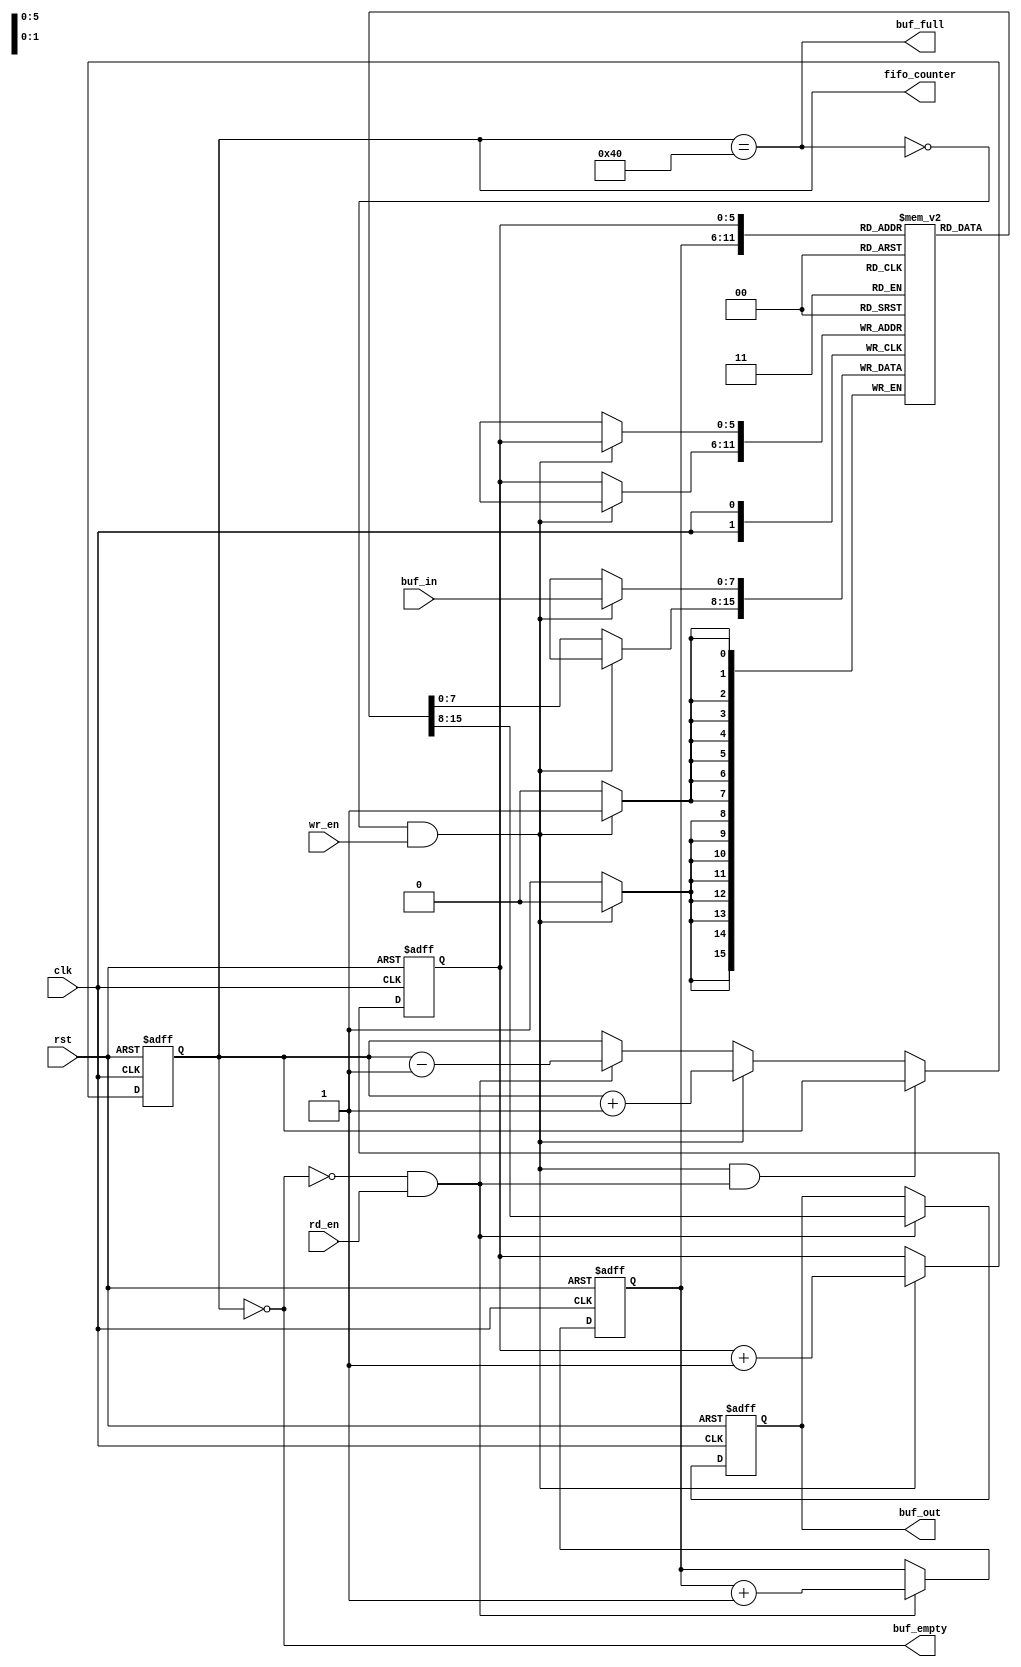

// BUF_WIDTH 6 = buffer size of 64 (same as Arduino in software)
`define BUF_WIDTH 6    // BUF_SIZE = 16 -> BUF_WIDTH = 4, no. of bits to be used in pointer
//`define BUF_WIDTH 2
`define BUF_SIZE ( 1<<`BUF_WIDTH )

module fifo( 
    clk, 
    rst, 
    buf_in, 
    buf_out, 
    wr_en, 
    rd_en, 
    buf_empty, 
    buf_full, 
    fifo_counter 
);

    // reset, clock, write enable and read enable
    input rst, clk, wr_en, rd_en;   
    
    // data input to be pushed to buffer (1 byte)
    input [7:0] buf_in;                   
    
    // port to output the buffered data (1 byte)
    output[7:0] buf_out;                  
    
    // buffer empty and full indication 
    output buf_empty, buf_full;      
    
    // how many data items (bytes) are in the buffer  
    output[`BUF_WIDTH :0] fifo_counter;             
     

    reg[7:0] buf_out; // (1 byte)
    reg buf_empty, buf_full;
    reg[`BUF_WIDTH :0] fifo_counter;
    reg[`BUF_WIDTH -1:0] rd_ptr, wr_ptr; // pointers to read and write addresses  
    reg[7:0] buf_mem[`BUF_SIZE -1 : 0]; // BUF_SIZE (64) registers of 1 byte each

    always @(fifo_counter)
    begin
        buf_empty = (fifo_counter==0);
        buf_full = (fifo_counter== `BUF_SIZE);
    end

    // Handle the counter
    always @(posedge clk or posedge rst)
    begin
        if ( rst ) begin
            fifo_counter <= 0;
        end
        else if ((!buf_full && wr_en) && ( !buf_empty && rd_en )) begin
            fifo_counter <= fifo_counter;
        end
        else if (!buf_full && wr_en) begin
            fifo_counter <= fifo_counter + 1;
        end
        else if (!buf_empty && rd_en) begin
            fifo_counter <= fifo_counter - 1;
        end
        else begin
            fifo_counter <= fifo_counter;
        end
    end

    // Output
    always @( posedge clk or posedge rst)
    begin
        if (rst) begin
            buf_out <= 0;
        end
        else begin
            if (rd_en && !buf_empty) begin
                buf_out <= buf_mem[rd_ptr];
            end
            else begin
                buf_out <= buf_out;
            end
       end
    end

    // Input
    always @(posedge clk)
    begin
        if (wr_en && !buf_full) begin
            buf_mem[ wr_ptr ] <= buf_in;
        end
        else begin
            buf_mem[ wr_ptr ] <= buf_mem[ wr_ptr ];
        end
    end

    // Pointers
    always@(posedge clk or posedge rst)
    begin
        if (rst) begin
            wr_ptr <= 0;
            rd_ptr <= 0;
        end
        else begin
            if (!buf_full && wr_en) begin
                wr_ptr <= wr_ptr + 1;
            end 
            else begin
                wr_ptr <= wr_ptr;
            end
            if (!buf_empty && rd_en) begin
                rd_ptr <= rd_ptr + 1;
            end
            else begin
                rd_ptr <= rd_ptr;
            end
       end

    end
endmodule